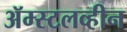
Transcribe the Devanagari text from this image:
ॲम्स्टलव्हीन